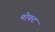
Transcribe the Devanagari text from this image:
मोफट